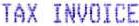
TAX INVOICE